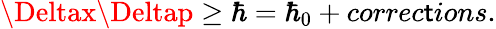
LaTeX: \Deltax\Deltap\ge\hbar=\hbar_{0}+correc\mathsf{t}ions.